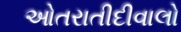
ઓતરાતીદીવાલો